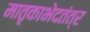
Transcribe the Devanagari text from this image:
मातृकाभेदतंत्र